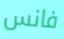
فانس